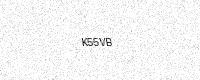
Text: K55VB